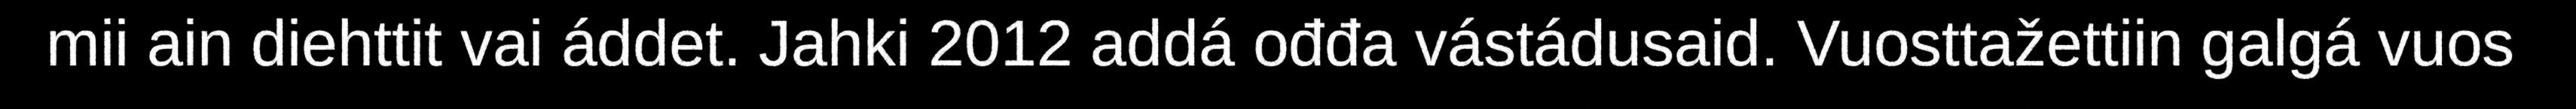
mii ain diehttit vai áddet. Jahki 2012 addá ođđa vástádusaid. Vuosttažettiin galgá vuos